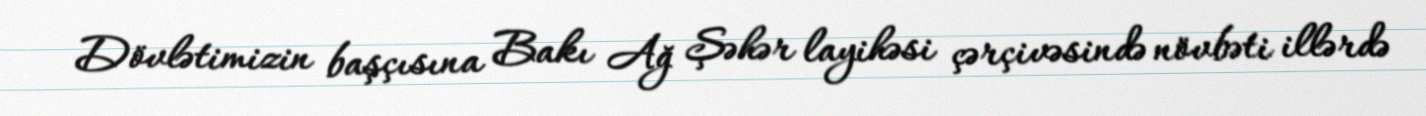
Dövlətimizin başçısına Bakı Ağ Şəhər layihəsi çərçivəsində növbəti illərdə